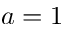
a = 1